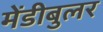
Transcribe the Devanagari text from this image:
मेंडीबुलर